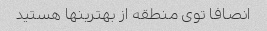
انصافا توی منطقه از بهترینها هستید